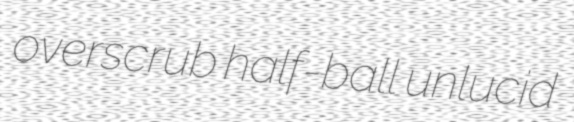
overscrub half-ball unlucid